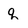
Character: q